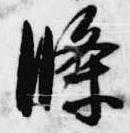
条